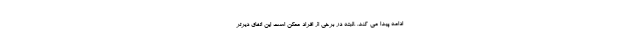
ادامه پیدا می کند. .البته در برخی از افراد ممکن است این اتفاق دیرتر